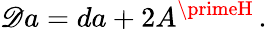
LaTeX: \mathscr{D}a=da+2A^{\primeH}\, .